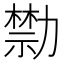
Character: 𠢱